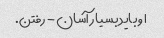
او باید بسیار آسان - رفتن.